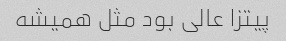
پیتزا عالی بود مثل همیشه